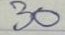
30